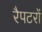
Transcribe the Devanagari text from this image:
रैपटरों